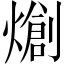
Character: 𤏬